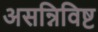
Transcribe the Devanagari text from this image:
असन्निविष्ट